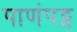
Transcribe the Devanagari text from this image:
पाणंपट्ट